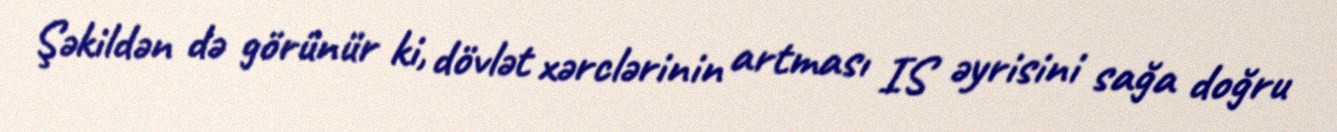
Şəkildən də görünür ki, dövlət xərclərinin artması IS əyrisini sağa doğru